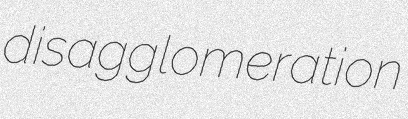
disagglomeration